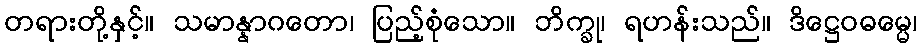
တရားတို့နှင့်။ သမာန္နာဂတော၊ ပြည့်စုံသော။ ဘိက္ခု၊ ရဟန်းသည်။ ဒိဋ္ဌေဝဓမ္မေ၊